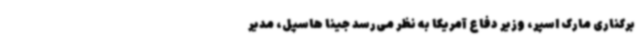
برکناری مارک اسپر، وزیر دفاع آمریکا به نظر می‌رسد جینا هاسپل، مدیر